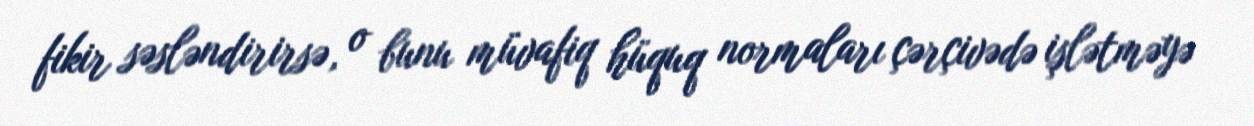
fikir səsləndirirsə, o bunu müvafiq hüquq normaları çərçivədə işlətməyə